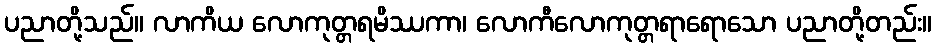
ပညာတို့သည်။ လာကိယ လောကုတ္တရမိဿကာ၊ လောကီလောကုတ္တရာရောသော ပညာတို့တည်း။